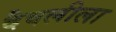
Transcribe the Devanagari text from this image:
दैवलीला